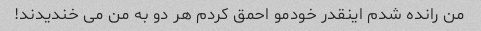
من رانده شدم اینقدر خودمو احمق کردم هر دو به من می خندیدند!